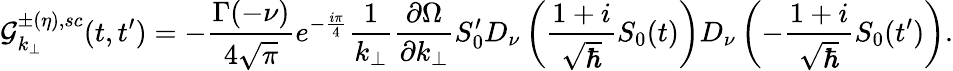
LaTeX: {\cal{G}}_{k_{\perp}}^{\pm(\eta),sc}(t,t^{\prime})=-{\frac{\Gamma(-\nu)}{4\sqrt{\pi}}}e^{-{\frac{i\pi}{4}}}{\frac{1}{k_{\perp}}}{\frac{\partial\Omega}{\partial k_{\perp}}}S_{0}^{\prime}D_{\nu}\left({\frac{1+i}{\sqrt{\hbar}}}S_{0}(t)\right)D_{\nu}\left(-{\frac{1+i}{\sqrt{\hbar}}}S_{0}(t^{\prime})\right).